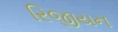
રિજીયન